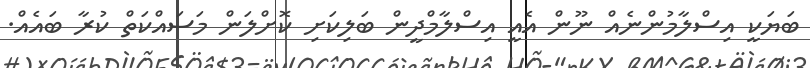
ބަޔަކީ އިސްލާމުންނެއް ނޫން އެއީ އިސްލާމްދީން ބަލިކަށި ކޮށްލަން މަސައްކަތް ކުރާ ބައެއް.